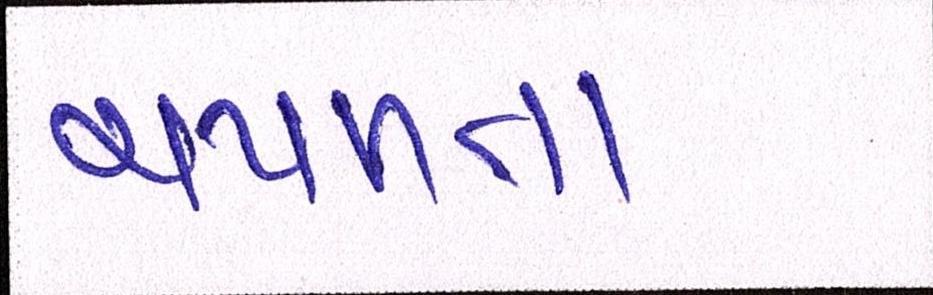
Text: ચપળતા